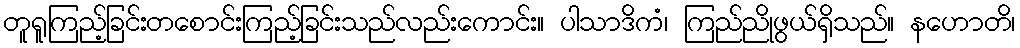
တူရူကြည့်ခြင်းတစောင်းကြည့်ခြင်းသည်လည်းကောင်း။ ပါသာဒိကံ၊ ကြည်ညိုဖွယ်ရှိသည်။ နဟောတိ၊